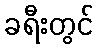
ခရီးတွင်